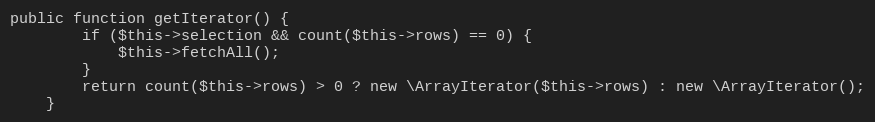
Language: PHP
public function getIterator() {
		if ($this->selection && count($this->rows) == 0) {
			$this->fetchAll();
		}
		return count($this->rows) > 0 ? new \ArrayIterator($this->rows) : new \ArrayIterator();
	}